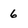
Character: 6